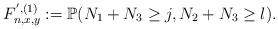
LaTeX: \begin{align*}F_{n,x,y}^{',(1)} := \mathbb{P}(N_1+N_3 \geq j, N_2+N_3 \geq l).\end{align*}